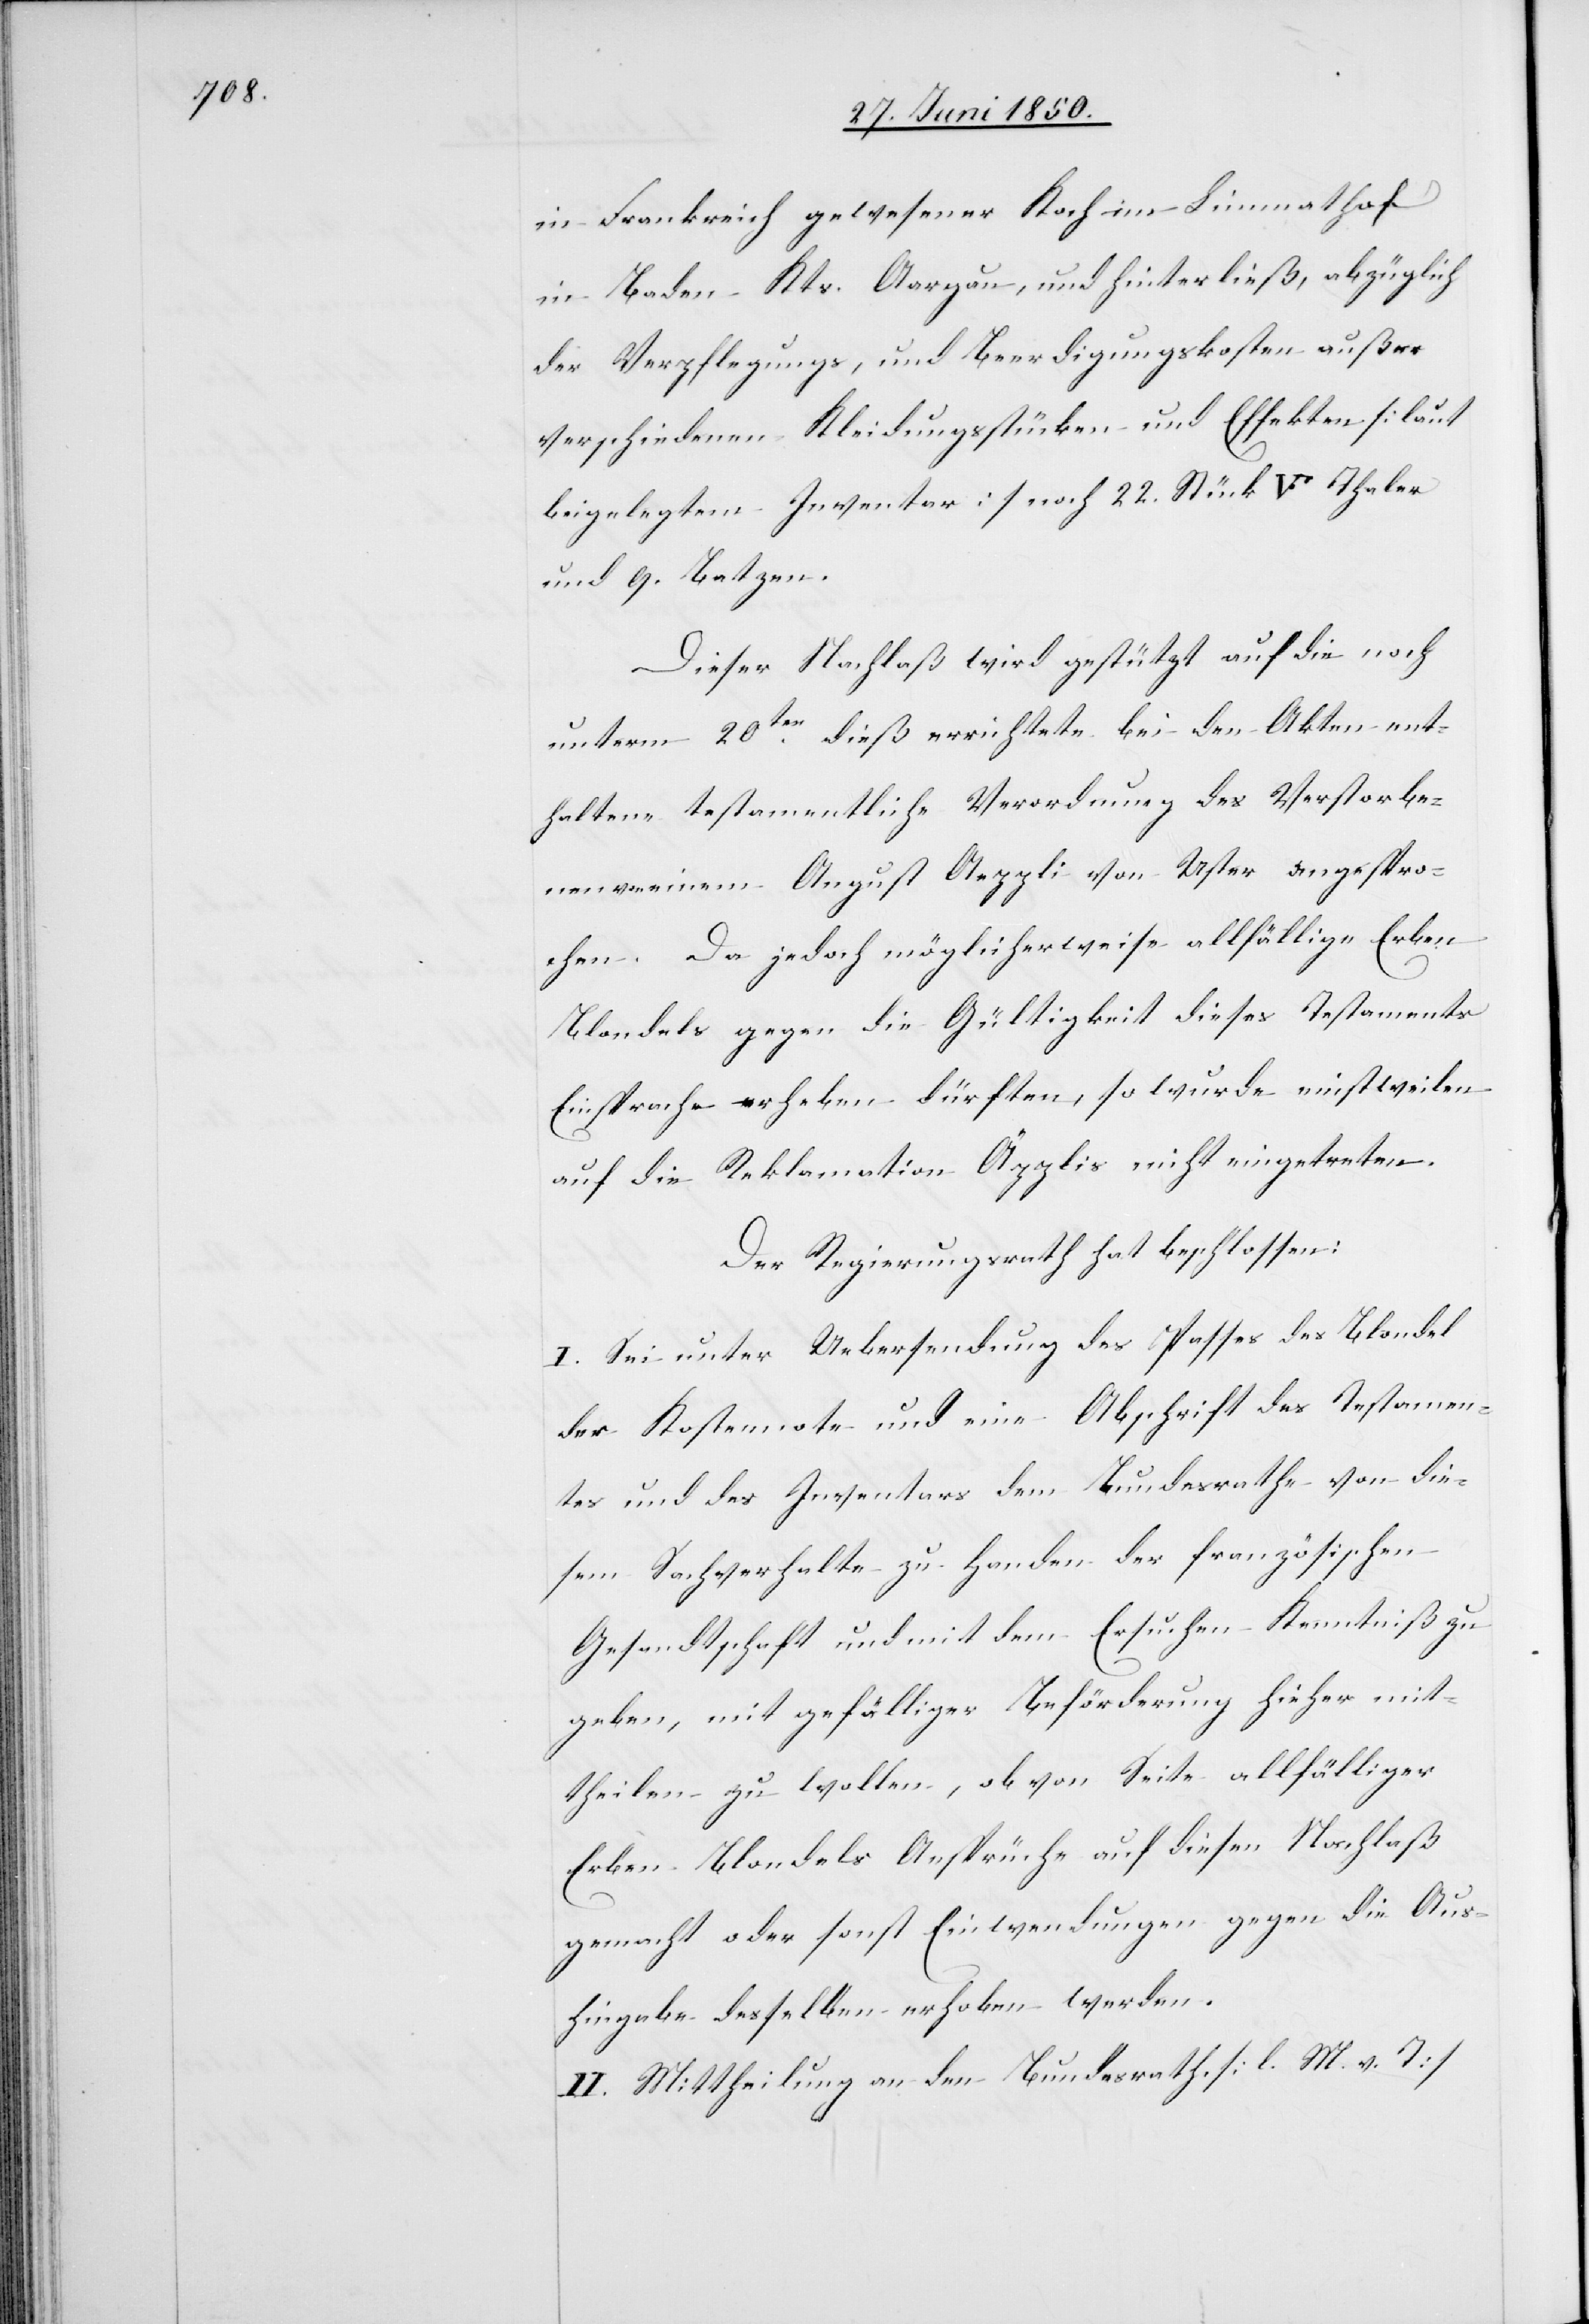
in Frankreich gewesener Koch im Limmathof
in Baden Kts. Aargau, und hinterließ, abzüglich
der Verpflegungs[-], und Beerdigungskosten außer
verschiedenen Kleidungsstücken und Effekten [laut
beigelegtem Inventar] noch 22. Stück [?VF] Thaler
und 9. Batzen.
Dieser Nachlaß wird gestützt auf die noch
unterm 20ten dieß errichtete bei den Akten ent¬
haltene testamentliche Verordnung des Verstorbe¬
nen von einem August Aeppli von Uster angespro¬
chen. Da jedoch möglicherweise allfällige Erben
Blondels gegen die Gültigkeit dieses Testaments
Einsprache erheben dürften, so wurde einstweilen
auf die Reklamation Äpplis nicht eingetreten.
Der Regierungsrath hat beschlossen:
I. Sei unter Uebersendung des Passes des Blondel
der Kostennote und eine Abschrift des Testamen¬
tes und des Inventars dem Bundesrathe von die¬
sem Sachverhalte zu Handen der französischen
Gesandtschaft und mit dem Ersuchen Kenntniß zu
geben, mit gefälliger Beförderung hieher mit¬
theilen zu wollen, ob von Seite allfälliger
Erben Blondels Ansprüche auf diesen Nachlaß
gemacht oder sonst Einwendungen gegen die Aus¬
hingabe desselben erhoben werden.
II. Mittheilung an den Bundesrath. [l. M. v. T]